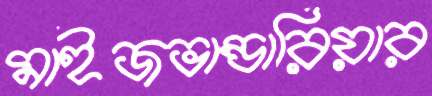
মাইজভান্ডারিয়ার